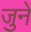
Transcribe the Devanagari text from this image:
जुनें